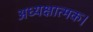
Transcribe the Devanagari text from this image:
अध्यक्षात्मक।